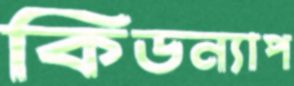
কিডন্যাপ